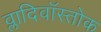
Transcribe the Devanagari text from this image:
व्लादिवॉस्तोक